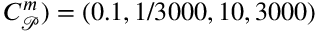
C _ { \mathcal { P } } ^ { m } ) = ( 0 . 1 , 1 / 3 0 0 0 , 1 0 , 3 0 0 0 )